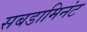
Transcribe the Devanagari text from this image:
सबडामिनंट